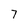
Character: 7